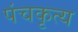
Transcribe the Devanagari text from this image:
पंचकृत्य